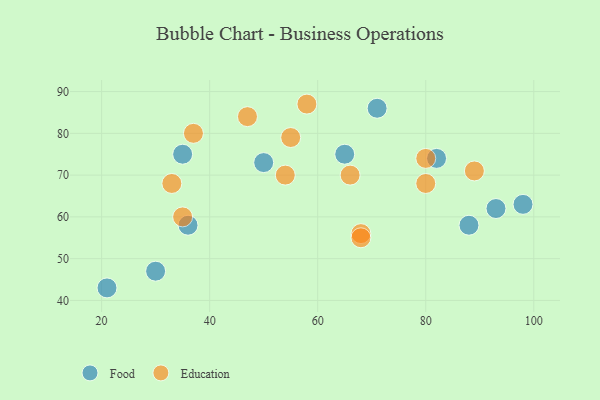
{"axis": {"x": "GDP", "y": "Life Expectancy"}, "legend": ["Education", "Food"], "data": [{"x": "50", "y": 73, "type": "Food"}, {"x": "65", "y": 75, "type": "Food"}, {"x": "71", "y": 86, "type": "Food"}, {"x": "30", "y": 47, "type": "Food"}, {"x": "35", "y": 75, "type": "Food"}, {"x": "93", "y": 62, "type": "Food"}, {"x": "36", "y": 58, "type": "Food"}, {"x": "88", "y": 58, "type": "Food"}, {"x": "82", "y": 74, "type": "Food"}, {"x": "98", "y": 63, "type": "Food"}, {"x": "21", "y": 43, "type": "Food"}, {"x": "89", "y": 71, "type": "Education"}, {"x": "55", "y": 79, "type": "Education"}, {"x": "33", "y": 68, "type": "Education"}, {"x": "80", "y": 74, "type": "Education"}, {"x": "68", "y": 56, "type": "Education"}, {"x": "35", "y": 60, "type": "Education"}, {"x": "80", "y": 68, "type": "Education"}, {"x": "54", "y": 70, "type": "Education"}, {"x": "68", "y": 55, "type": "Education"}, {"x": "37", "y": 80, "type": "Education"}, {"x": "58", "y": 87, "type": "Education"}, {"x": "66", "y": 70, "type": "Education"}, {"x": "47", "y": 84, "type": "Education"}]}